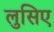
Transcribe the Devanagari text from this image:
लुसिए